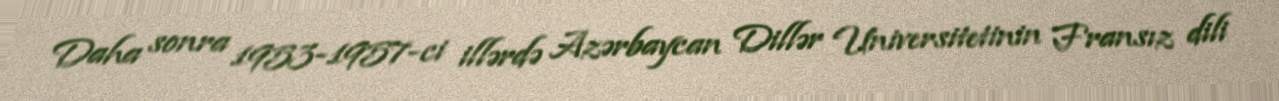
Daha sonra 1953-1957-ci illərdə Azərbaycan Dillər Universitetinin Fransız dili